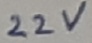
Text: 22V